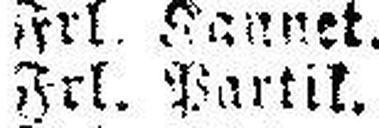
Frl. Partik.